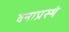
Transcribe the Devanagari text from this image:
वनाप्रस्थं